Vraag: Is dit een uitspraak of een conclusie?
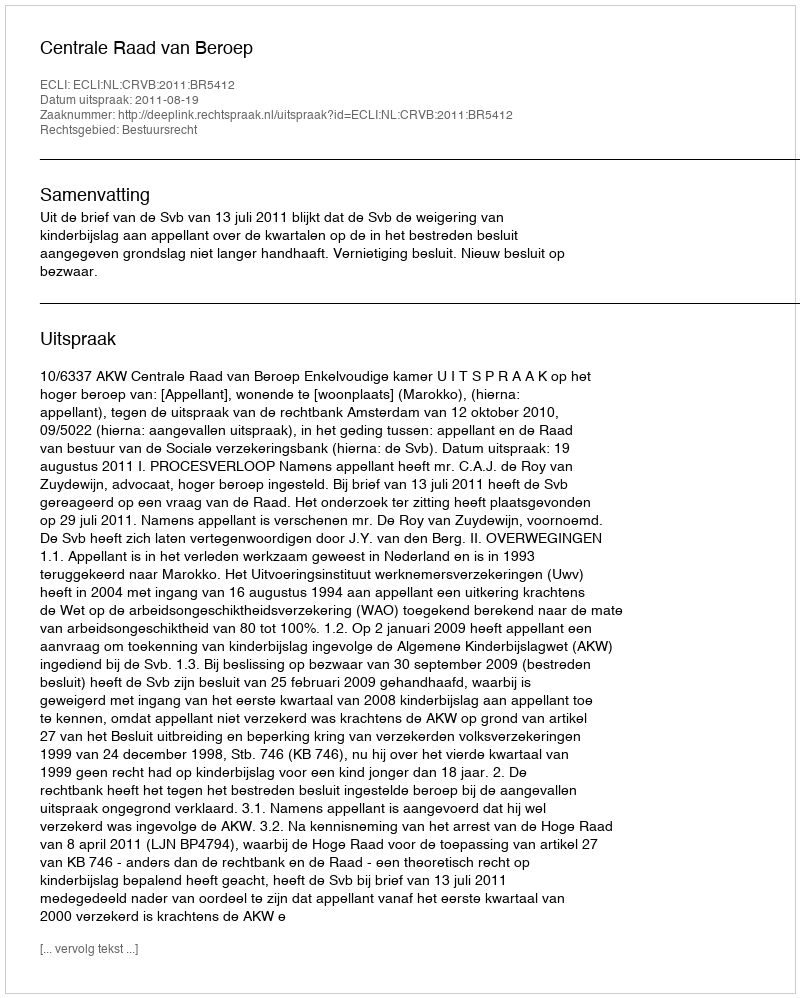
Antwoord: Uitspraak